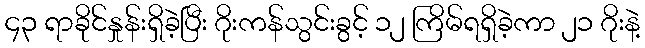
၄၃ ရာခိုင်နှုန်းရှိခဲ့ပြီး ဂိုးကန်သွင်းခွင့် ၁၂ ကြိမ်ရရှိခဲ့ကာ ၂၁ ဂိုးနဲ့